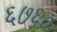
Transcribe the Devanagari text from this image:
६७६०